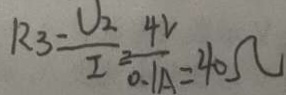
R _ { 3 } = \frac { U _ { 2 } } { I _ { 2 } } = \frac { 4 V } { 0 . 1 A } = 4 0 \Omega